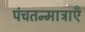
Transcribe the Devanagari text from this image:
पंचतन्मात्राएँ